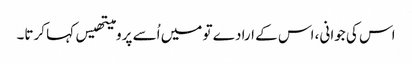
اس کی جوانی، اس کے ارادے تو میں اُسے پرومیتھیس کہا کرتا۔